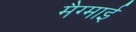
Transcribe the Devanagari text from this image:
मैग्माई